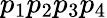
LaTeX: p_{1}p_{2}p_{3}p_{4}